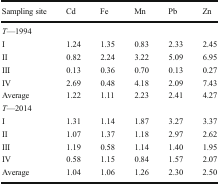
<table><thead><tr><td><b>Sampling site</b></td><td><b>Cd</b></td><td><b>Fe</b></td><td><b>Mn</b></td><td><b>Pb</b></td><td><b>Zn</b></td></tr></thead><tbody><tr><td colspan="6"><i>T</i>—1994</td></tr><tr><td>I</td><td>1.24</td><td>1.35</td><td>0.83</td><td>2.33</td><td>2.45</td></tr><tr><td>II</td><td>0.82</td><td>2.24</td><td>3.22</td><td>5.09</td><td>6.95</td></tr><tr><td>III</td><td>0.13</td><td>0.36</td><td>0.70</td><td>0.13</td><td>0.27</td></tr><tr><td>IV</td><td>2.69</td><td>0.48</td><td>4.18</td><td>2.09</td><td>7.43</td></tr><tr><td>Average</td><td>1.22</td><td>1.11</td><td>2.23</td><td>2.41</td><td>4.27</td></tr><tr><td colspan="6"><i>T</i>—2014</td></tr><tr><td>I</td><td>1.31</td><td>1.14</td><td>1.87</td><td>3.27</td><td>3.37</td></tr><tr><td>II</td><td>1.07</td><td>1.37</td><td>1.18</td><td>2.97</td><td>2.62</td></tr><tr><td>III</td><td>1.19</td><td>0.58</td><td>1.14</td><td>1.40</td><td>1.95</td></tr><tr><td>IV</td><td>0.58</td><td>1.15</td><td>0.84</td><td>1.57</td><td>2.07</td></tr><tr><td>Average</td><td>1.04</td><td>1.06</td><td>1.26</td><td>2.30</td><td>2.50</td></tr></tbody></table>